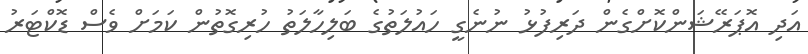
އަދި އޮޕަރޭޝަންކޮށްގެން ދަރިފުޅު ނުނެގީ ހައުލަތުގެ ބަލިހާލަތު ހުރިގޮތުން ކަމަށް ވެސް ޑޮކްޓަރު